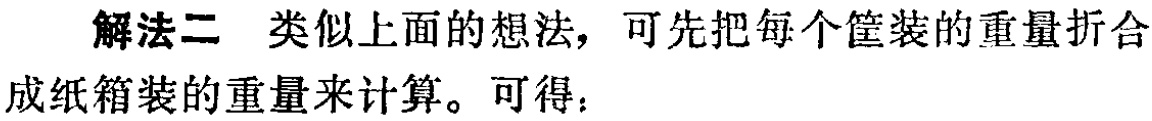
解法二 类似上面的想法，可先把每个筐装的重量折合
成纸箱装的重量来计算。可得：